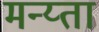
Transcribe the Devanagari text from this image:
मन्य्ता